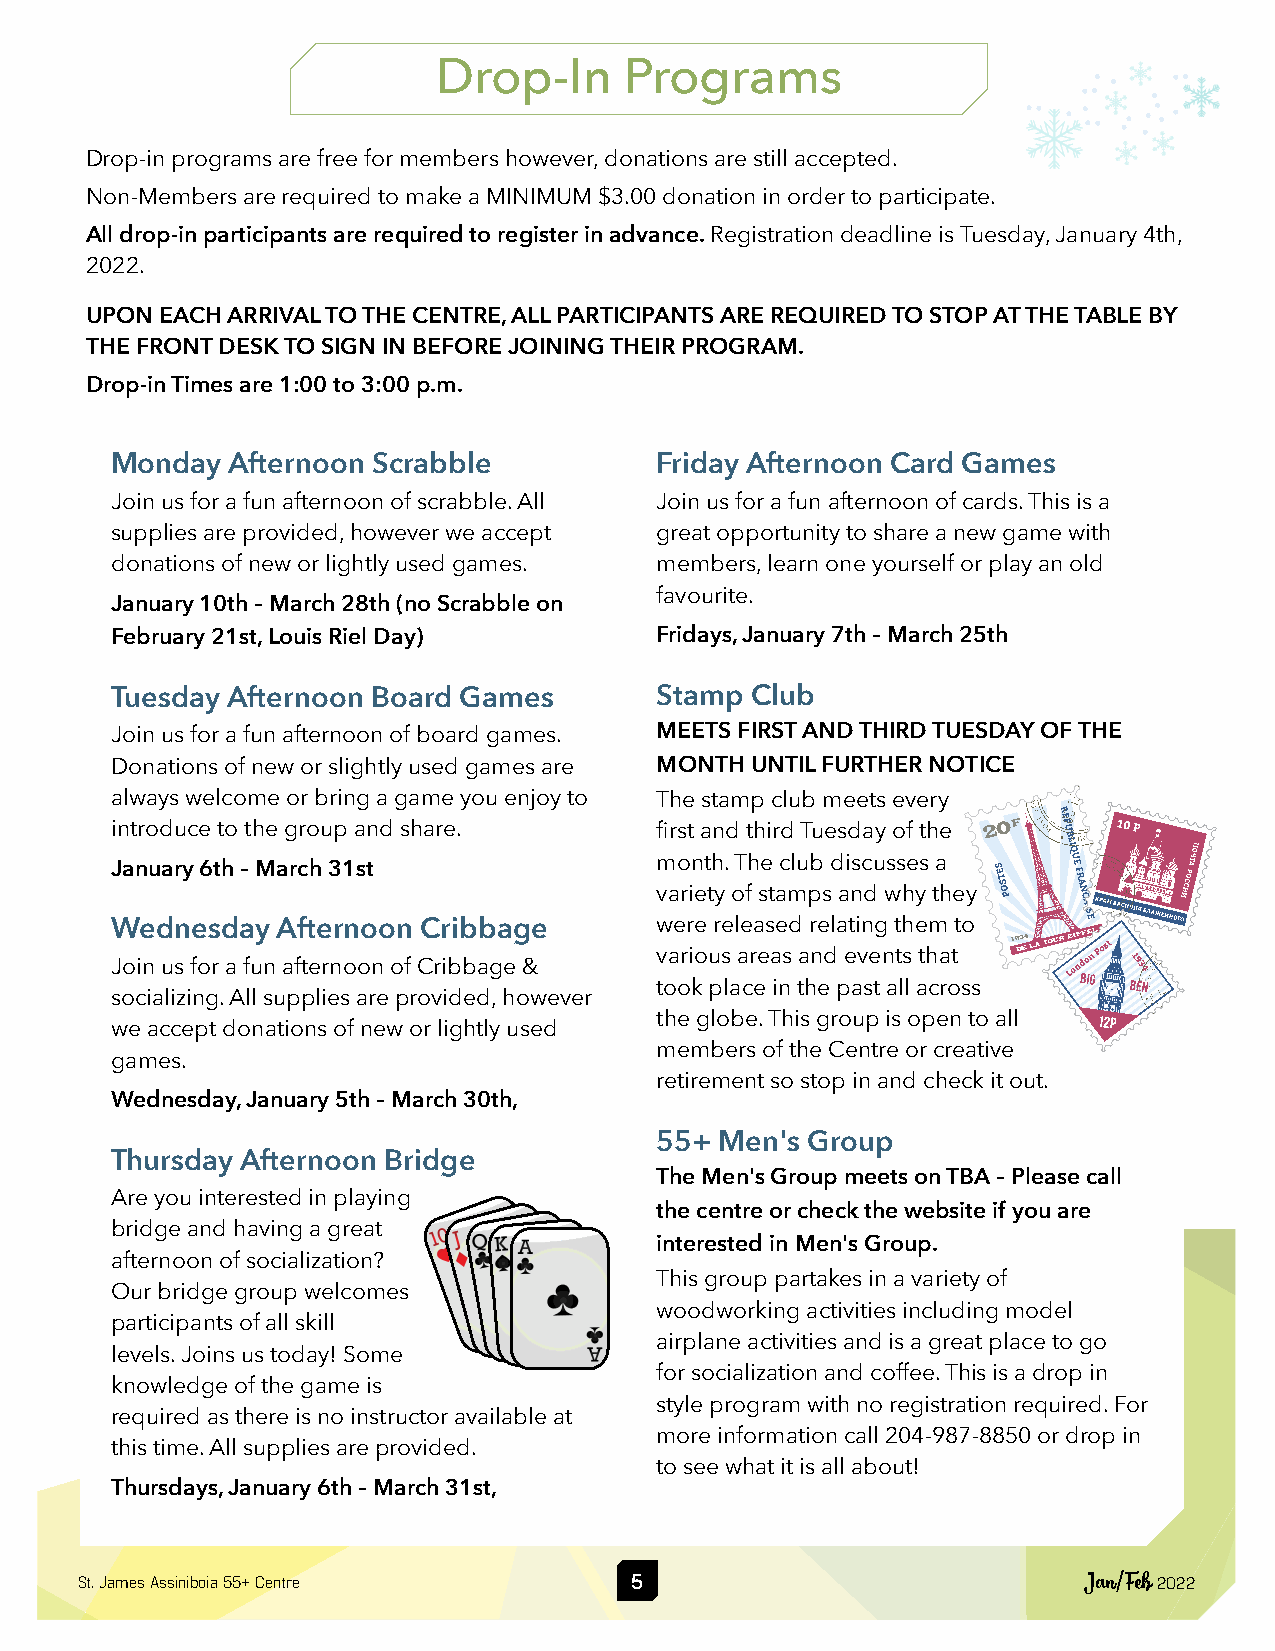
Drop-In     Programs
 Drop-in programs are free for members however, donations are still accepted.
 Non-Members are required to make a MINIMUM $3.00 donation in order to participate.
 All drop-in participants are required to register in advance. Registration deadline is Tuesday, January 4th,
 2022.
 UPON EACH ARRIVAL TO THE CENTRE, ALL PARTICIPANTS ARE REQUIRED TO STOP AT THE TABLE BY
 THE FRONT DESK TO SIGN IN BEFORE JOINING THEIR PROGRAM.
 Drop-in Times are 1:00 to 3:00 p.m.
 Monday  Afternoon Scrabble          Friday Afternoon Card Games
 Join us for a fun afternoon of scrabble. All Join us for a fun afternoon of cards. This is a
 supplies are provided, however we accept great opportunity to share a new game with
 donations of new or lightly used games. members, learn one yourself or play an old
 favourite.
 January 10th – March 28th (no Scrabble on
 February 21st, Louis Riel Day)      Fridays, January 7th – March 25th
 Tuesday Afternoon Board Games       Stamp  Club
 Join us for a fun afternoon of board games. MEETS FIRST AND THIRD TUESDAY OF THE
 Donations of new or slightly used games are MONTH UNTIL FURTHER NOTICE
 always welcome or bring a game you enjoy to The stamp club meets every
 introduce to the group and share.   first and third Tuesday of the
 month. The club discusses a
 January 6th – March 31st
 variety of stamps and why they
 Wednesday  Afternoon Cribbage       were released relating them to
 various areas and events that
 Join us for a fun afternoon of Cribbage &
 took place in the past all across
 socializing. All supplies are provided, however
 the globe. This group is open to all
 we accept donations of new or lightly used
 members of the Centre or creative
 games.
 retirement so stop in and check it out.
 Wednesday, January 5th – March 30th,
 55+  Men's Group
 Thursday Afternoon Bridge
 The Men's Group meets on TBA – Please call
 Are you interested in playing
 the centre or check the website if you are
 bridge and having a great
 interested in Men's Group.
 afternoon of socialization?
 This group partakes in a variety of
 Our bridge group welcomes
 woodworking activities including model
 participants of all skill
 airplane activities and is a great place to go
 levels. Joins us today! Some
 for socialization and coffee. This is a drop in
 knowledge of the game is
 style program with no registration required. For
 required as there is no instructor available at
 more information call 204-987-8850 or drop in
 this time. All supplies are provided.
 to see what it is all about!
 Thursdays, January 6th – March 31st,
 St. James Assiniboia 55+ Centre      5                             Jan/Feb 2022